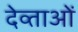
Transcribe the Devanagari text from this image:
देव्ताओं